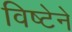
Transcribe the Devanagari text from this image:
विष्टेने